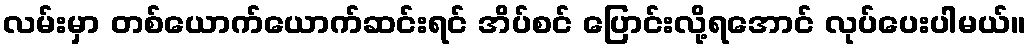
လမ်းမှာ တစ်ယောက်ယောက်ဆင်းရင် အိပ်စင် ပြောင်းလို့ရအောင် လုပ်ပေးပါမယ်။